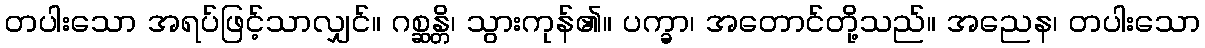
တပါးသော အရပ်ဖြင့်သာလျှင်။ ဂစ္ဆန္တိ၊ သွားကုန်၏။ ပက္ခာ၊ အတောင်တို့သည်။ အညေန၊ တပါးသော